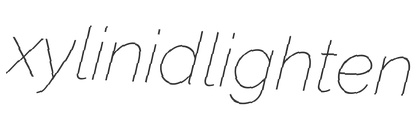
xylinid lighten